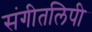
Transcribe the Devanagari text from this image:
संगीतलिपी